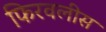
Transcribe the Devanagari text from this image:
फिरवलीस